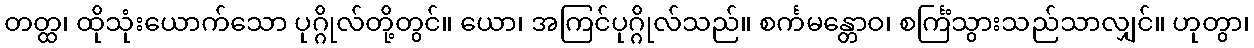
တတ္ထ၊ ထိုသုံးယောက်သော ပုဂ္ဂိုလ်တို့တွင်။ ယော၊ အကြင်ပုဂ္ဂိုလ်သည်။ စင်္ကမန္တောဝ၊ စင်္ကြံသွားသည်သာလျှင်။ ဟုတွာ၊